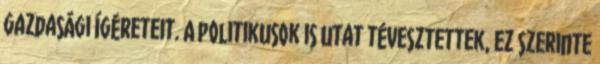
gazdasági ígéreteit. A politikusok is utat tévesztettek, ez szerinte